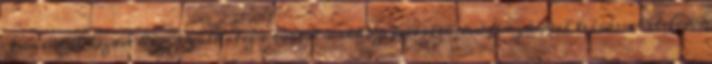
Innentől kezdve hozzászólhatsz a tartalmakhoz, feltöltheted fényképpel leírással ételeid,